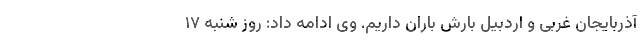
آذربایجان غربی و اردبیل بارش باران داریم. وی ادامه داد: روز شنبه ۱۷